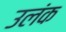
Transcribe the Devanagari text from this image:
उलंक